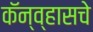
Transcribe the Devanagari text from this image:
कॅन्व्हासचे